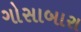
ગોસાબારા